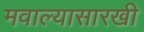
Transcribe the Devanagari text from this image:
मवाल्यासारखी